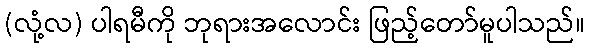
(လုံ့လ) ပါရမီကို ဘုရားအလောင်း ဖြည့်တော်မူပါသည်။